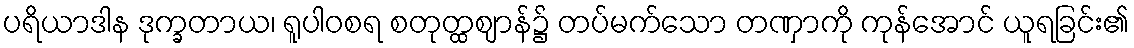
ပရိယာဒါန ဒုက္ခတာယ၊ ရူပါဝစရ စတုတ္ထဈာန်၌ တပ်မက်သော တဏှာကို ကုန်အောင် ယူရခြင်း၏